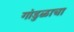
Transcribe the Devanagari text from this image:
गांडुळाचा